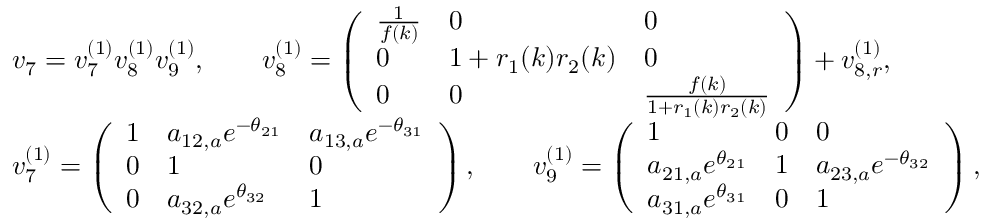
\begin{array} { r l } & { v _ { 7 } = v _ { 7 } ^ { ( 1 ) } v _ { 8 } ^ { ( 1 ) } v _ { 9 } ^ { ( 1 ) } , \qquad v _ { 8 } ^ { ( 1 ) } = \left( \begin{array} { l l l } { \frac { 1 } { f ( k ) } } & { 0 } & { 0 } \\ { 0 } & { 1 + r _ { 1 } ( k ) r _ { 2 } ( k ) } & { 0 } \\ { 0 } & { 0 } & { \frac { f ( k ) } { 1 + r _ { 1 } ( k ) r _ { 2 } ( k ) } } \end{array} \right) + v _ { 8 , r } ^ { ( 1 ) } , } \\ & { v _ { 7 } ^ { ( 1 ) } = \left( \begin{array} { l l l } { 1 } & { a _ { 1 2 , a } e ^ { - \theta _ { 2 1 } } } & { a _ { 1 3 , a } e ^ { - \theta _ { 3 1 } } } \\ { 0 } & { 1 } & { 0 } \\ { 0 } & { a _ { 3 2 , a } e ^ { \theta _ { 3 2 } } } & { 1 } \end{array} \right) , \qquad v _ { 9 } ^ { ( 1 ) } = \left( \begin{array} { l l l } { 1 } & { 0 } & { 0 } \\ { a _ { 2 1 , a } e ^ { \theta _ { 2 1 } } } & { 1 } & { a _ { 2 3 , a } e ^ { - \theta _ { 3 2 } } } \\ { a _ { 3 1 , a } e ^ { \theta _ { 3 1 } } } & { 0 } & { 1 } \end{array} \right) , } \end{array}